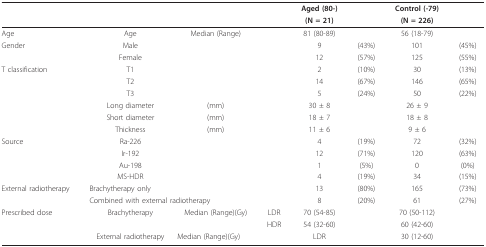
|  |  |  |  | Aged (80-) |  | Control (-79) |  |
 |  |  |  |  | (N = 21) |  | (N = 226) |  |
 | --- | --- | --- | --- | --- | --- | --- | --- |
 | Age | Age | Median (Range) |  | 81 (80-89) |  | 56 (18-79) |  |
 | Gender | Male |  |  | 9 | (43%) | 101 | (45%) |
 |  | Female |  |  | 12 | (57%) | 125 | (55%) |
 | T classification | T1 |  |  | 2 | (10%) | 30 | (13%) |
 |  | T2 |  |  | 14 | (67%) | 146 | (65%) |
 |  | T3 |  |  | 5 | (24%) | 50 | (22%) |
 |  | Long diameter | (mm) |  | 30 ± 8 |  | 26 ± 9 |  |
 |  | Short diameter | (mm) |  | 18 ± 7 |  | 18 ± 8 |  |
 |  | Thickness | (mm) |  | 11 ± 6 |  | 9 ± 6 |  |
 | Source | Ra-226 |  |  | 4 | (19%) | 72 | (32%) |
 |  | Ir-192 |  |  | 12 | (71%) | 120 | (63%) |
 |  | Au-198 |  |  | 1 | (5%) | 0 | (0%) |
 |  | MS-HDR |  |  | 4 | (19%) | 34 | (15%) |
 | External radiotherapy | Brachytherapy only |  |  | 13 | (80%) | 165 | (73%) |
 |  | <COLSPAN=2> Combined with external radiotherapy |  | 8 | (20%) | 61 | (27%) |
 | Prescribed dose | Brachytherapy | Median (Range)(Gy) | LDR | 70 (54-85) |  | 70 (50-112) |  |
 |  |  |  | HDR | 54 (32-60) |  | 60 (42-60) |  |
 |  | External radiotherapy | <COLSPAN=2> Median (Range)(Gy) | LDR |  | 30 (12-60) |  |